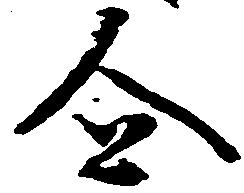
企